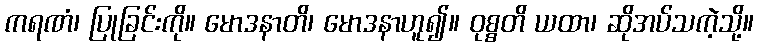
ကရဏံ၊ ပြုခြင်းကို။ မောဒနာတိ၊ မောဒနာဟူ၍။ ဝုစ္စတိ ယထာ၊ ဆိုအပ်သကဲ့သို့။